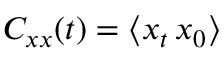
C _ { x x } ( t ) = \langle x _ { t } \, x _ { 0 } \rangle